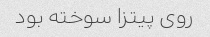
روی پیتزا سوخته بود